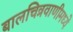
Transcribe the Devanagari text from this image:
बालचित्रवाणीमध्ये